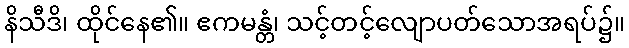
နိသီဒိ၊ ထိုင်နေ၏။ ဧကမန္တံ၊ သင့်တင့်လျောပတ်သောအရပ်၌။